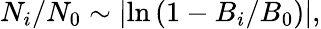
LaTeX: N_{i}/N_{0}\sim\left|\ln\left(1-B_{i}/B_{0}\right)\right|,